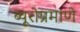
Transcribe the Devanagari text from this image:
ब्यूरोप्रमाणे